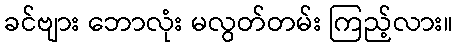
ခင်ဗျား ဘောလုံး မလွတ်တမ်း ကြည့်လား။